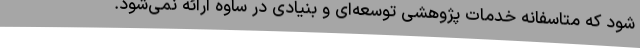
شود که متاسفانه خدمات پژوهشی توسعه‌ای و بنیادی در ساوه ارائه نمی‌شود.